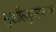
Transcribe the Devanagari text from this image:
सुशीलकुमारांचा